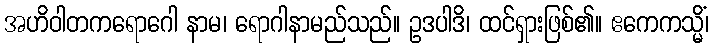
အဟိဝါတကရောဂေါ နာမ၊ ရောဂါနာမည်သည်။ ဥဒပါဒိ၊ ထင်ရှားဖြစ်၏။ ဧကေကသ္မိံ၊